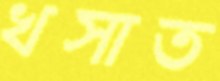
খসাত